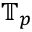
\mathbb { T } _ { p }